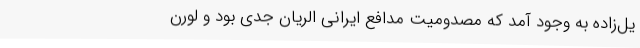
یل‌زاده به وجود آمد که مصدومیت مدافع ایرانی الریان جدی بود و لورن